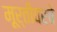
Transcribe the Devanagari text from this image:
मूर्तीवरचे